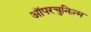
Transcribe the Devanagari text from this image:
ऑपरचुनिज़्म